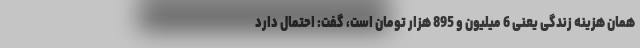
همان هزینه زندگی یعنی 6 میلیون و 895 هزار تومان است، گفت: احتمال دارد